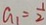
a _ { 1 } = \frac { 1 } { 2 }